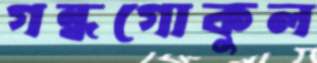
গন্ধগোকুল